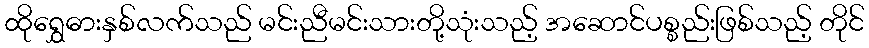
ထိုရွှေဓားနှစ်လက်သည် မင်းညီမင်းသားတို့သုံးသည့် အဆောင်ပစ္စည်းဖြစ်သည့် တိုင်